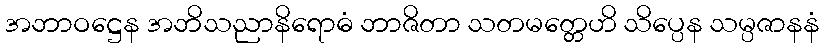
အဘာဝဋ္ဌေန အဘိသညာနိရောဓံ ဘာဇိတာ သတမတ္တေဟိ သိပ္ပေန သမ္ပဇာနနံ